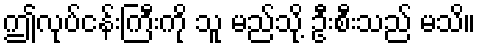
ဤလုပ်ငန်းကြီးကို သူ မည်သို့ ဦးစီးသည် မသိ။